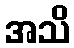
အသိ